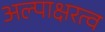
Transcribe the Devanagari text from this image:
अल्पाक्षरत्व